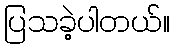
ပြသခဲ့ပါတယ်။